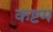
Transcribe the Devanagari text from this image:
कष्टम